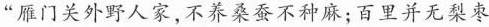
”雁门关外野人家，不养桑蚕不种麻；百里并无梨枣